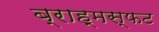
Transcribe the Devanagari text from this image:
ब्राह्मस्फट